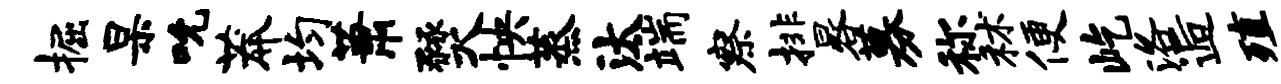
掘杲吮莽均萧燹怏蒸汰端察排晷募称秫便屹洛逅殖